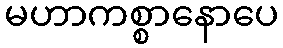
မဟာကစ္စာနောပေ